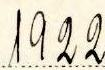
1922